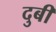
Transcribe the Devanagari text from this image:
दुबी